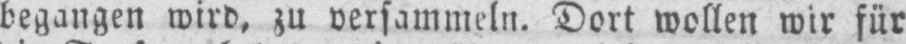
begangen wird, zu versammeln. Dort wollen wir für